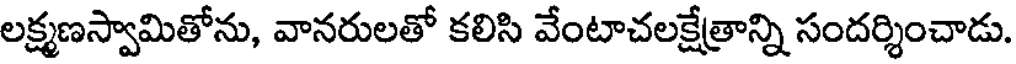
లక్ష్మణస్వామితోను, వానరులతో కలిసి వేంటాచలక్షేత్రాన్ని సందర్శించాడు.